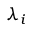
\lambda _ { i }